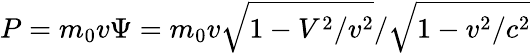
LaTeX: P=m_{0}v\Psi=m_{0}v\sqrt{1-V^{2}/v^{2}}/\sqrt{1-v^{2}/c^{2}}